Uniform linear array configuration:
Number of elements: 64
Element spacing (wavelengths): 0.5
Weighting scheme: kaiser
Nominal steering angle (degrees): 15
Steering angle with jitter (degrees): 15.451
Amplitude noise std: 0.05
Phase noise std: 0.05

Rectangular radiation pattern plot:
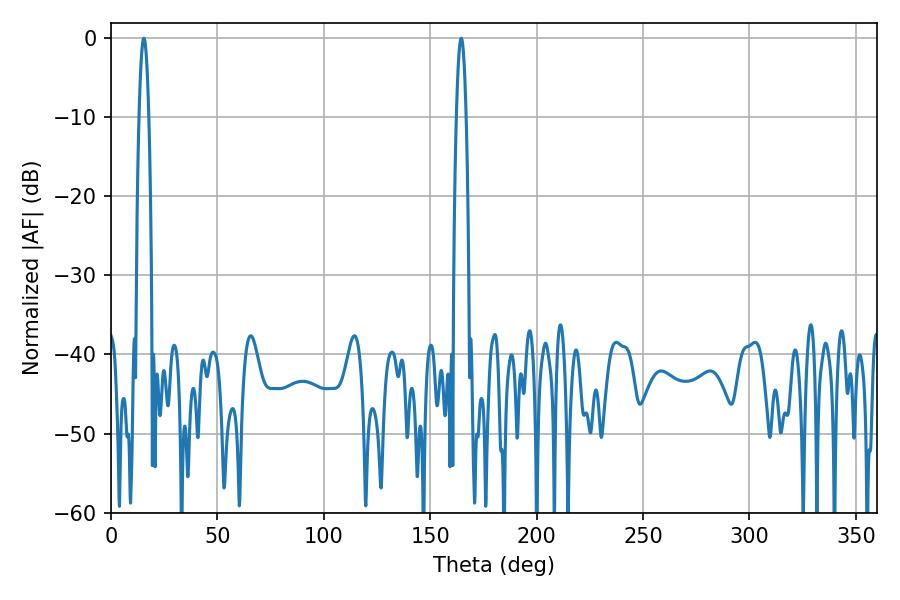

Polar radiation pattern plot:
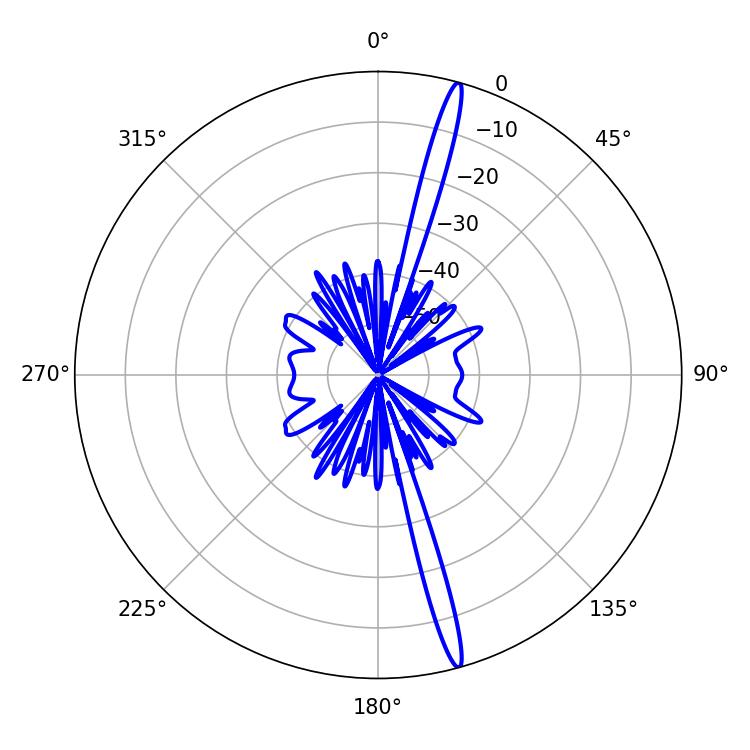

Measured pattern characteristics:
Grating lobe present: FALSE
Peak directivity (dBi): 18.938
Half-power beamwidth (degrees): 2.52
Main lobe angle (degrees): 164.52